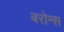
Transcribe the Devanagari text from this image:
बरोन्स